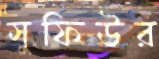
সুফিউর